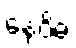
နေဝိဓ